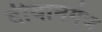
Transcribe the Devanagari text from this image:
दीवानगंज